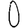
Digit: 0